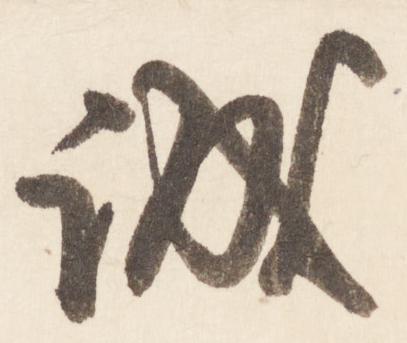
誠